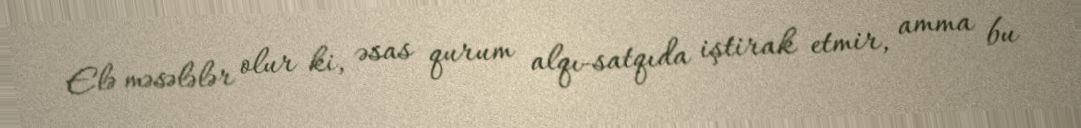
Elə məsələlər olur ki, əsas qurum alqı-satqıda iştirak etmir, amma bu